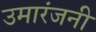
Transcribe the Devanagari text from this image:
उमारंजनी